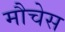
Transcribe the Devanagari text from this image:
मौचेस